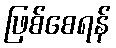
ဖြစ်စေရန်